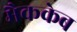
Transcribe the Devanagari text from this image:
मैककेब